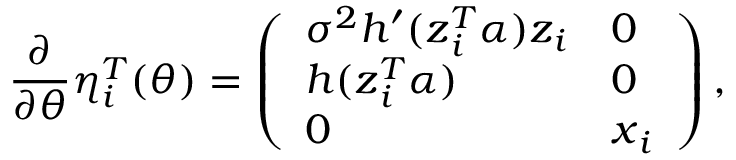
\frac { \partial } { \partial \boldsymbol { \theta } } \boldsymbol { \eta } _ { i } ^ { T } ( \boldsymbol { \theta } ) = \left( \begin{array} { l l } { \sigma ^ { 2 } h ^ { \prime } ( \boldsymbol { z } _ { i } ^ { T } \boldsymbol { \alpha } ) \boldsymbol { z } _ { i } } & { 0 } \\ { h ( \boldsymbol { z } _ { i } ^ { T } \boldsymbol { \alpha } ) } & { 0 } \\ { 0 } & { \boldsymbol { x } _ { i } } \end{array} \right) ,